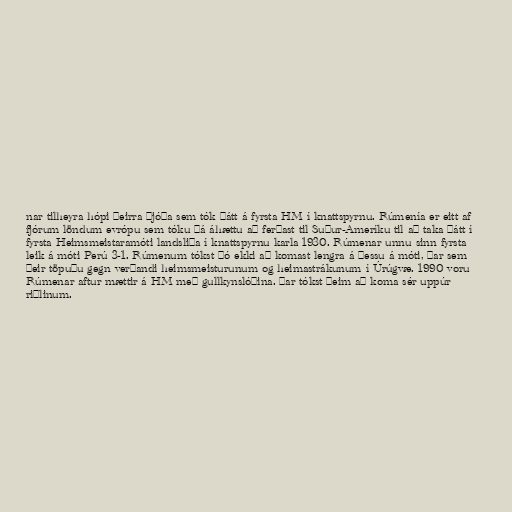
nar tilheyra hópi þeirra þjóða sem tók þátt á fyrsta HM í knattspyrnu. Rúmenía er eitt af
fjórum löndum evrópu sem tóku þá áhættu að ferðast til Suður-Ameríku til að taka þátt í
fyrsta Heimsmeistaramóti landsliða í knattspyrnu karla 1930. Rúmenar unnu sinn fyrsta
leik á móti Perú 3-1. Rúmenum tókst þó ekki að komast lengra á þessu á móti, þar sem
þeir töpuðu gegn verðandi heimsmeisturunum og heimastrákunum í Úrúgvæ. 1990 voru
Rúmenar aftur mættir á HM með gullkynslóðina. Þar tókst þeim að koma sér uppúr
riðlinum.